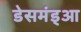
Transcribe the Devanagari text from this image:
डेसमंड्आ